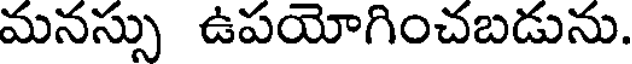
మనస్సు ఉపయోగించబడును.